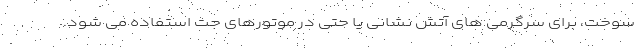
سوخت، برای سرگرمی های آتش نشانی یا حتی در موتورهای جت استفاده می شود.